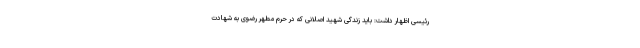
رئیسی اظهار داشت: باید زندگی شهید اصلانی که در حرم مطهر رضوی به شهادت